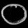
Digit: ၀